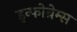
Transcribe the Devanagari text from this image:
इन्फोग्रेम्स